Vaccine operations Central Provinces & Berar 1912-1920 - 1912-1920
Year: 1912
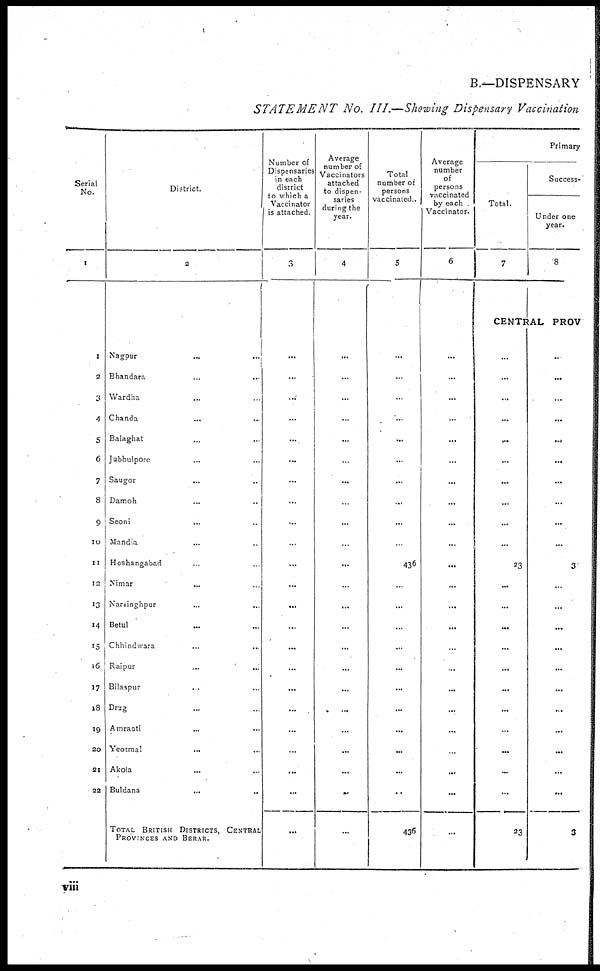
B.—DISPENSARY
STATEMENT No. III.—Showing Dispensary Vaccination
Serial
No.
1
1
2
3
4
5
6
7
8
9
10
12
12
14
15
16
16
17
18
19
20
21
22
District.
2
Nagpur... ...
Bhandara... ...
Wardha... ...
Chanda... ...
Balaghat... ...
Jubbulpore... ...
Saugor... ...
Damoh... ...
Seom... ...
Mandla... ...
Hoshangabad.. ...
Nimar... ...
Narsinghpur... ...
Betul... ...
Chhindwara... ...
Raipur... ...
Bilaspur...
...
Drug... ...
Amraoti... ...
Yeotmal... ...
Akola... ...
Buldana... ...
TOTAL BRITISH DISTRICTS, CENTRAL
PROVINCES AND BERAR.
Number of
Dispensaries
in each
district
to which a
Vaccinator
is attached.
3
...
...
...
...
...
...
...
...
...
...
...
...
...
...
...
...
...
...
...
...
...
...
...
Average
number of
Vaccinators
attached
to dispen-
saries
during the
year.
4
...
...
...
...
...
...
...
...
...
...
...
...
...
...
...
...
...
...
...
...
...
...
...
Total
number of
persons
vaccinated.
5
...
...
...
...
...
...
...
...
...
...
436
...
...
...
...
...
...
...
...
...
...
...
436
Average
number
of
persons
vaccinated
by each
Vaccinator.
6
...
...
...
...
...
...
...
...
...
...
...
...
...
...
...
...
...
...
...
...
...
...
...
Primary
Success-
Total.
7
Under one
year.
8
CENTRAL PROV
...
...
...
...
...
...
...
...
...
...
23
...
...
...
...
...
...
...
...
...
...
...
23
...
...
...
...
...
...
...
...
...
...
3
...
...
...
...
...
...
...
...
...
...
...
3
viii